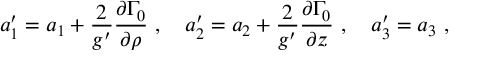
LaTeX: a _ { 1 } ^ { \prime } = a _ { 1 } + { \frac { 2 } { g ^ { \prime } } } { \frac { \partial \Gamma _ { 0 } } { \partial \rho } } \ , \quad a _ { 2 } ^ { \prime } = a _ { 2 } + { \frac { 2 } { g ^ { \prime } } } { \frac { \partial \Gamma _ { 0 } } { \partial z } } \ , \quad a _ { 3 } ^ { \prime } = a _ { 3 } \ ,